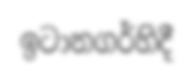
ඉටානගර්හිදී